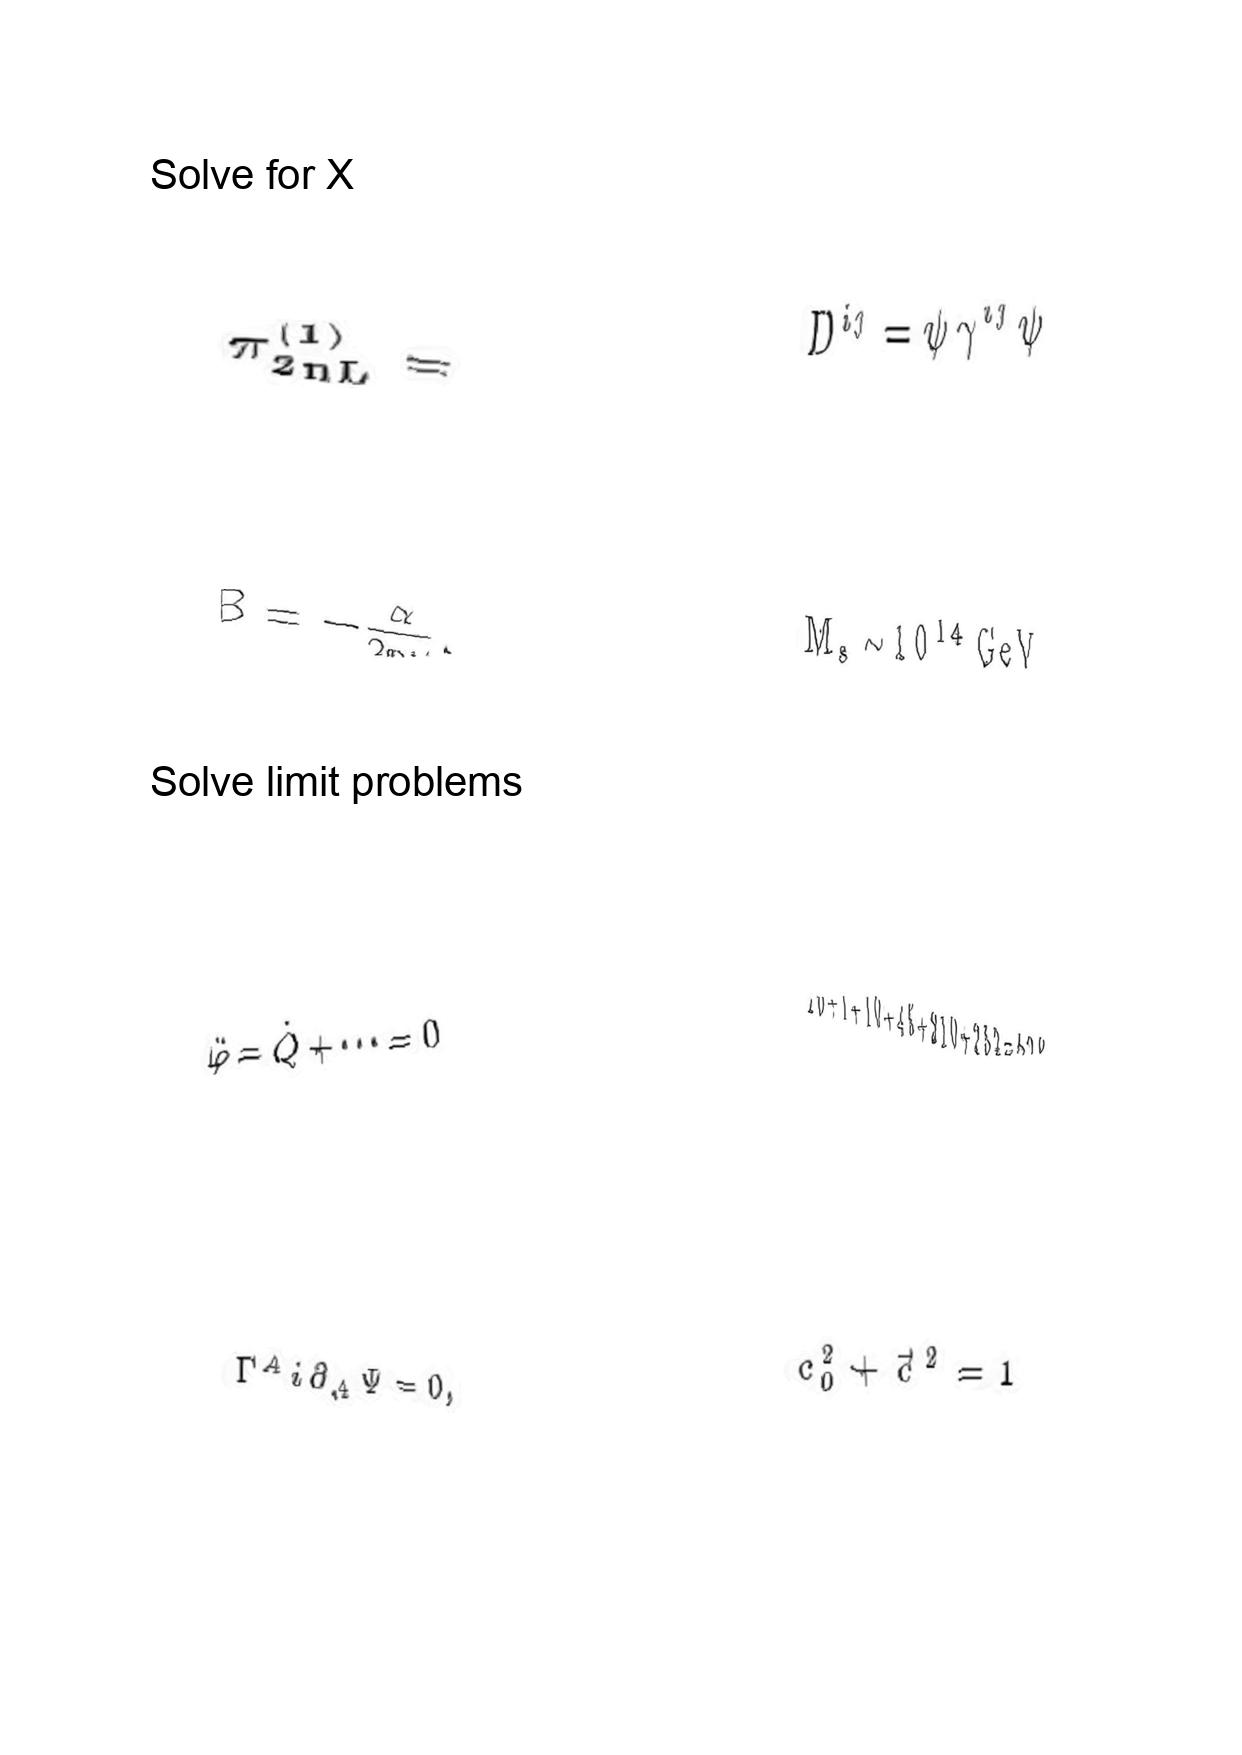
LaTeX transcription:
\pi _ { 2 n L } ^ { \lparen 1 \rparen } =
B = - \frac { \alpha } { 2 n \nu } .
\ddot { \varphi } = \dot { Q } + \@cdots = 0
\Gamma ^ { A } i \partial _ { A } \Psi = 0 ,
D ^ { i j } = \psi \gamma ^ { i j } \psi
M _ { s } \sim 1 0 ^ { 1 4 } \mathrm { G e V }
1 0 + 1 + 1 0 + 4 5 + 2 1 0 + 2 5 2 = 5 2 8 .
c _ { 0 } ^ { 2 } + \vec { c } ^ { 2 } = 1